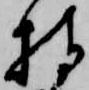
持